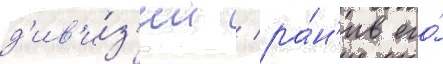
д'ив'и́з'ии / ра́н'ив его́